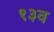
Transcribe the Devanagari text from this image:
१३व